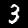
Digit: 3